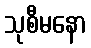
သုစီမနော